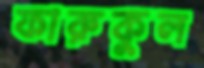
ফারুকুল